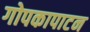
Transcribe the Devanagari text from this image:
गोपकापाटन